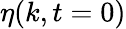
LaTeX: \eta(k,t=0)